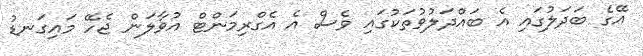
އޭގެ ބަދަލުގައި އެ ބައްދަލުވުތަކުގައި ވެސް އެ އެގްރިމަންޓް އުވާލަން ޖެހޭ މައިގަނޑު